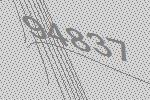
94837